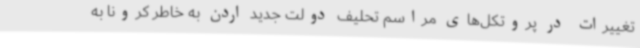
تغییرات در پروتکل‌های مراسم تحلیف دولت جدید اردن به خاطر کرونا به